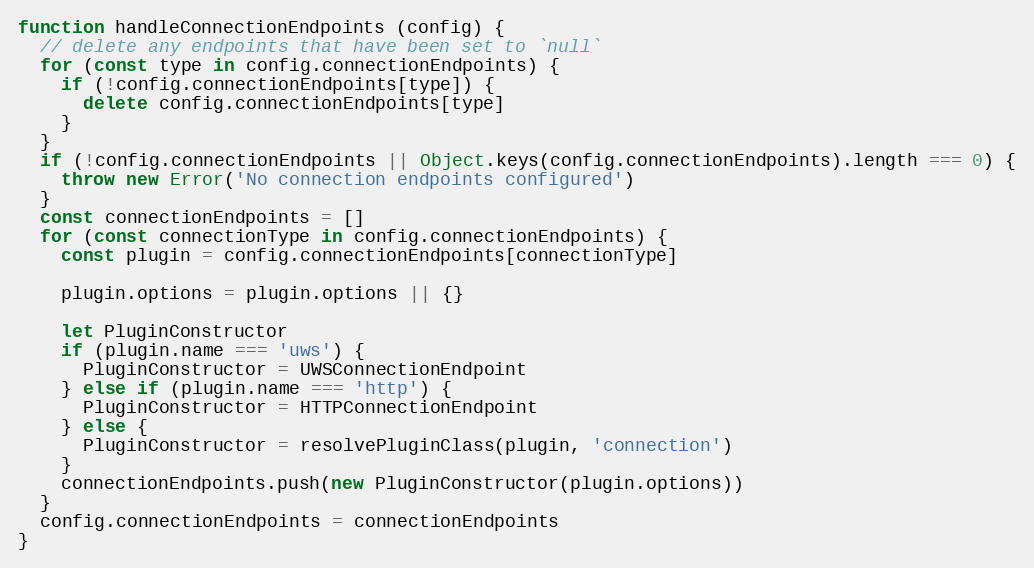
Language: JavaScript
function handleConnectionEndpoints (config) {
  // delete any endpoints that have been set to `null`
  for (const type in config.connectionEndpoints) {
    if (!config.connectionEndpoints[type]) {
      delete config.connectionEndpoints[type]
    }
  }
  if (!config.connectionEndpoints || Object.keys(config.connectionEndpoints).length === 0) {
    throw new Error('No connection endpoints configured')
  }
  const connectionEndpoints = []
  for (const connectionType in config.connectionEndpoints) {
    const plugin = config.connectionEndpoints[connectionType]

    plugin.options = plugin.options || {}

    let PluginConstructor
    if (plugin.name === 'uws') {
      PluginConstructor = UWSConnectionEndpoint
    } else if (plugin.name === 'http') {
      PluginConstructor = HTTPConnectionEndpoint
    } else {
      PluginConstructor = resolvePluginClass(plugin, 'connection')
    }
    connectionEndpoints.push(new PluginConstructor(plugin.options))
  }
  config.connectionEndpoints = connectionEndpoints
}